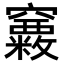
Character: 𥩂